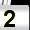
Digit: 2